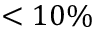
< 1 0 \%